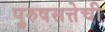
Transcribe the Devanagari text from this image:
पुरुषसत्तेची